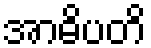
အာဓိပတိ